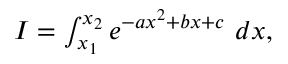
\begin{array} { r } { I = \int _ { x _ { 1 } } ^ { x _ { 2 } } e ^ { - a x ^ { 2 } + b x + c } \ d x , } \end{array}